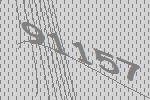
91157